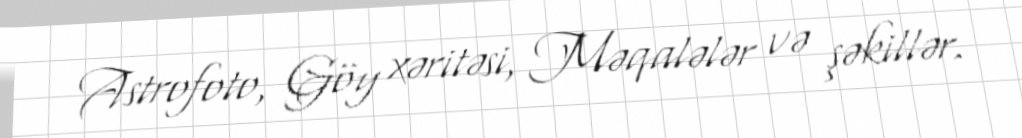
Astrofoto, Göy xəritəsi, Məqalələr və şəkillər.